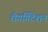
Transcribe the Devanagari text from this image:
रीगर्गिटेशन